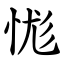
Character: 㤶